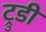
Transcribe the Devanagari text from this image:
ट्रुडी